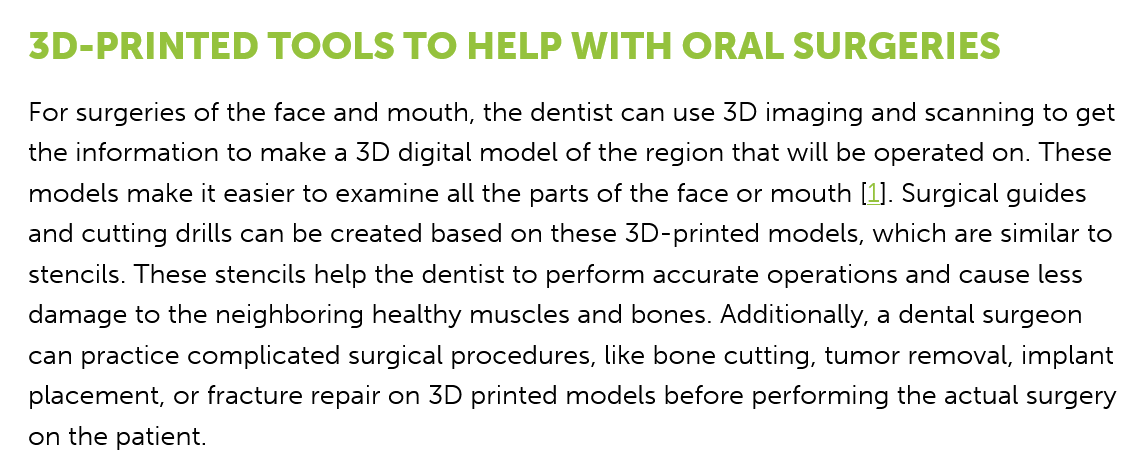
3D-PRINTED    TOOLS    TO   HELP   WITH    ORAL    SURGERIES
   For surgeries of the face and mouth, the dentist can use 3D imaging and scanning to get
   the information to make a 3D digital model of the region that will be operated on. These
   models make it easier to examine all the parts of the face or mouth [1]. Surgical guides
   and cutting drills can be created based on these 3D-printed models, which are similar to
   stencils. These stencils help the dentist to perform accurate operations and cause less
   damage to the neighboring healthy muscles and bones. Additionally, a dental surgeon
   can practice complicated surgical procedures, like bone cutting, tumor removal, implant
   placement, or fracture repair on 3D printed models before performing the actual surgery
   on the patient.